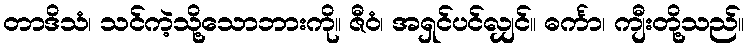
တာဒိသံ၊ သင်ကဲ့သို့သောဘားကို။ ဇီဝံ၊ အရှင်ပင်လျှင်။ ဓင်္ကာ၊ ကျီးတို့သည်။